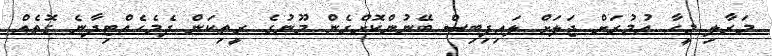
މަރާލި މީހާ އުމުރަށް ޖަލަށް ލައިފިބިސް ބޭނުންކޮށްގެން މޫނުގެ ރީތިކަން ދެމެހެއްޓިދާނެ ގޮތެއް